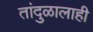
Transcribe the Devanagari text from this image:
तांदुळालाही